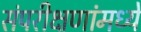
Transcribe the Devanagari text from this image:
संपरीक्षणांमध्ये